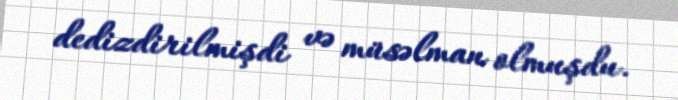
dedizdirilmişdi və müsəlman olmuşdu.